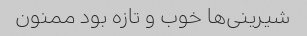
شیرینی‌ها خوب و تازه بود ممنون